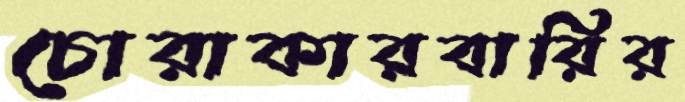
চোরাকারবারির